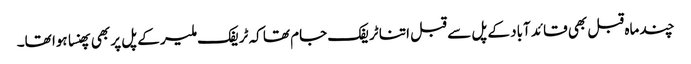
چند ماہ قبل بھی قائد آباد کے پل سے قبل اتنا ٹریفک جام تھا کہ ٹریفک ملیر کے پل پر بھی پھنسا ہوا تھا۔